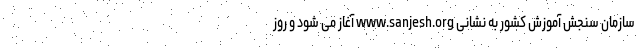
سازمان سنجش آموزش کشور به نشانی www.sanjesh.org آغاز می شود و روز